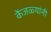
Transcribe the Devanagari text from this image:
केंजळ्यांनी